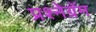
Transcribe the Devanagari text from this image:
प्रश्नेग्रॅम